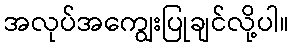
အလုပ်အကျွေးပြုချင်လို့ပါ။